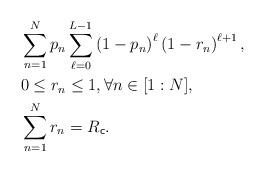
LaTeX: \begin{align*} &\sum_{n=1}^N p_n \sum_{\ell=0}^{L-1} \left(1-p_n\right)^\ell\left(1-r_n\right)^{\ell+1}, \\ &0 \le r_n \le 1, \forall n\in[1:N], \\& \sum_{n=1}^N r_n = R_{\sf c}.\end{align*}